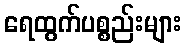
ရေထွက်ပစ္စည်းများ